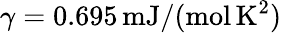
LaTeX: \gamma=0.695\, \mathrm{mJ}/(\mathrm{mol}\, \mathrm{K}^{2})